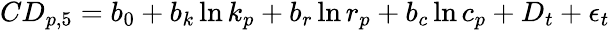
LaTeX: \begin{array}{r}{CD_{p,5}=b_{0}+b_{k}\ln k_{p}+b_{r}\ln r_{p}+b_{c}\ln c_{p}+D_{t}+\epsilon_{t}}\end{array}